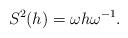
LaTeX: \begin{align*}S^2(h)=\omega h\omega^{-1}.\end{align*}